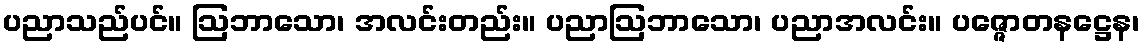
ပညာသည်ပင်။ ဩဘာသော၊ အလင်းတည်း။ ပညာဩဘာသော၊ ပညာအလင်း။ ပဇ္ဇောတနဋ္ဌေန၊